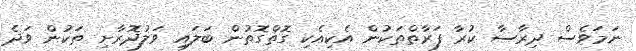
ނަމަވެސް ދިރާސާ ކުރާ ފަރާތްތަކުން އެކިއެކި ގޮތްގޮތުން ބަލައި ވަލުދޮރާށި ތަކުން ވަދެ